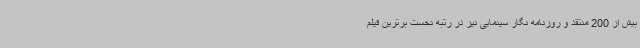
بیش از 200 منتقد و روزنامه نگار سینمایی نیز در رتبه نخست برترین فیلم